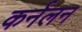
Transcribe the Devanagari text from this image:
कर्नलन